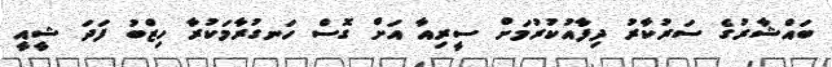
ބައްޝާރުގެ ސަރުކާރު ދިފާއުކުރުމަށް ސީރިއާ އަށް ގޮސް ހަނގުރާމަކުރާ ހިޒްބު ފަދަ ޝީއީ